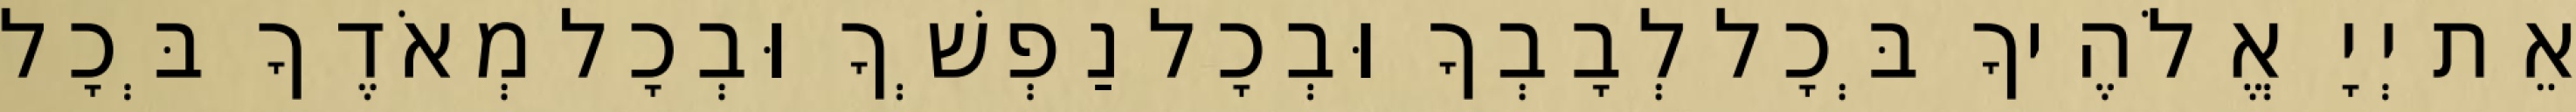
אֵת יְיָ אֱלֹהֶיךָ בְּכָל לְבָבְךָ וּבְכָל נַפְשְׁךָ וּבְכָל מְאֹדֶךָ בְּכָל